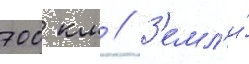
700 км // З'емл'и́